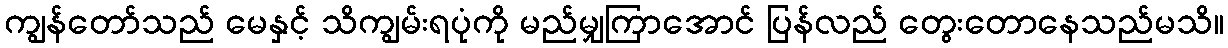
ကျွန်တော်သည် မေနှင့် သိကျွမ်းရပုံကို မည်မျှကြာအောင် ပြန်လည် တွေးတောနေသည်မသိ။